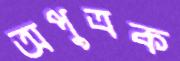
অপুত্রক